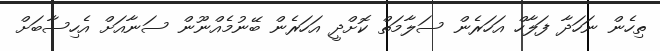
ތިހެން ނަހަދާ ފަލާހް އަހަރެން ސަލާމަތް ކޮށްދީ އަހަރެން ބޭނުމެއްނޫން ސަނާއަށް އެހިސާބަށް